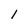
Character: 1